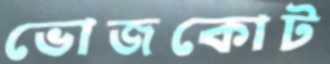
ভোজকোট